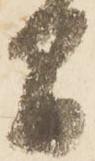
間